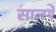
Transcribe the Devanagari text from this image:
सालये